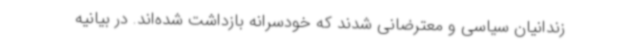
زندانیان سیاسی و معترضانی شدند که خودسرانه بازداشت شده‌اند. در بیانیه